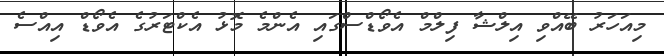
މިއަހަރު ބޭއްވި އިލްޝާ ފިލްމް އެވޯޑްސްގައި އެންމެ މޮޅު އެކްޓަރުގެ އެވޯޑް އިއްސެ